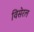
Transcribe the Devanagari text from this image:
विसेरल